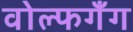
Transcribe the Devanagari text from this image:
वोल्फगँग